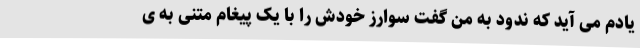
یادم می آید که ندود به من گفت سوارز خودش را با یک پیغام متنی به ی